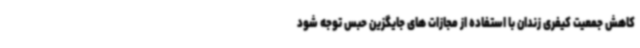
کاهش جمعیت کیفری زندان با استفاده از مجازات های جایگزین حبس توجه شود